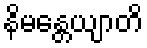
နိမန္တေယျာတိ